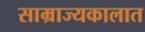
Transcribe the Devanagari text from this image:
साम्राज्यकालात